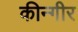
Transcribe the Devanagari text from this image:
कीन्गीर